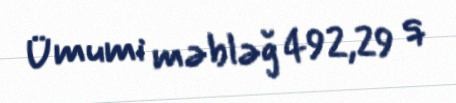
Ümumi məbləğ 492,29 q